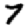
Digit: 7